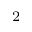
_ \mathrm { 2 }